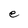
Character: e